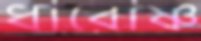
ধারোষ্ণ